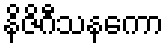
နိဇိဂီသနကော